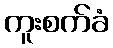
ကူးစက်ခံ